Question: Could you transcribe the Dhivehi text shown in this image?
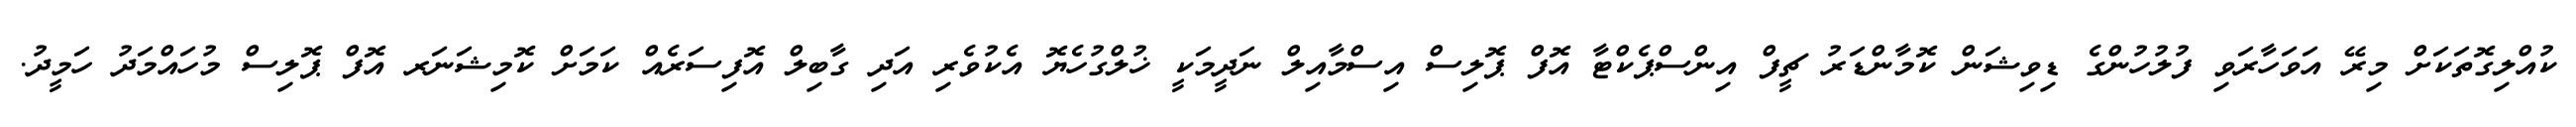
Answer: ކުއްލިގޮތަކަށް މިރޭ އަވަހާރަވި ފުލުހުންގެ ޑިވިޝަން ކޮމާންޑަރު ޗީފް އިންސްޕެކްޓާ އޮފް ޕޮލިސް އިސްމާއިލް ނަދީމަކީ ޚުލްގުހެޔޮ އެކުވެރި އަދި ގާބިލް އޮފިސަރެއް ކަމަށް ކޮމިޝަނަރ އޮފް ޕޮލިސް މުހައްމަދު ހަމީދު.